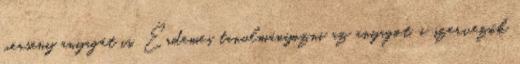
verseny anyagát is. Érdemes tanulmányozni az anyagot, a szervezők